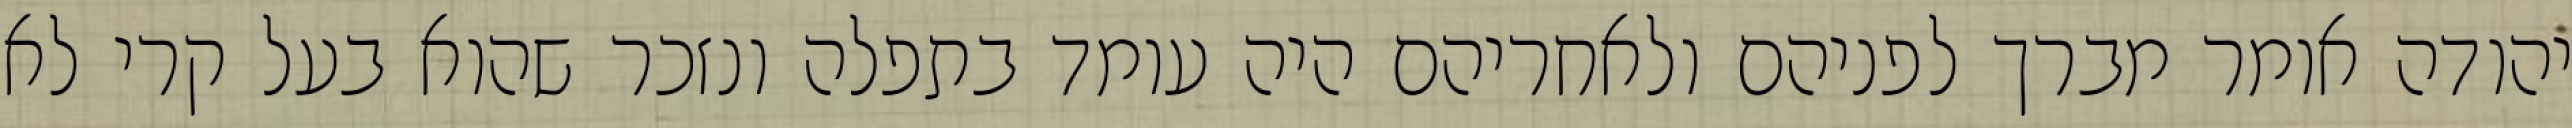
יהודה אומר מברך לפניהם ולאחריהם היה עומד בתפלה ונזכר שהוא בעל קרי לא